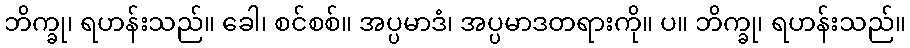
ဘိက္ခု၊ ရဟန်းသည်။ ခေါ၊ စင်စစ်။ အပ္ပမာဒံ၊ အပ္ပမာဒတရားကို။ ပ။ ဘိက္ခု၊ ရဟန်းသည်။